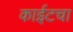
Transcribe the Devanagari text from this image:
काईटचा